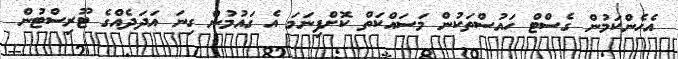
އެހެންކަމުން ގެސްޓް ހައުސްތަކުން މަސައްކަތް ކޮށްފިނަމަ އެ ގައުމުން ގިނަ އަދަދެއްގެ ޓޫރިސްޓުން